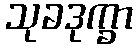
သုခဒုက္ခာ